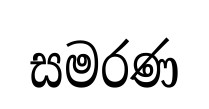
සමරණ